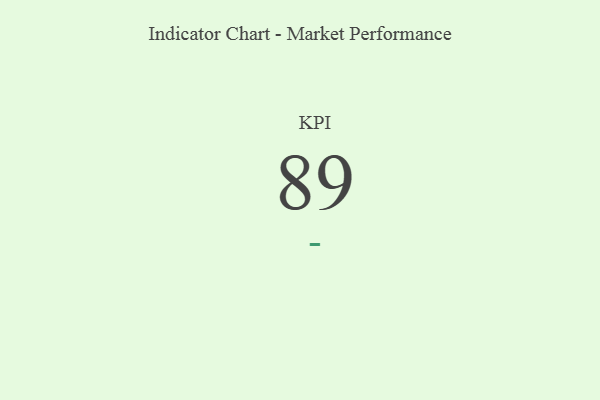
{"axis": {"x": "KPI", "y": "Value"}, "legend": [""], "data": [{"x": "KPI", "y": 89, "type": ""}]}